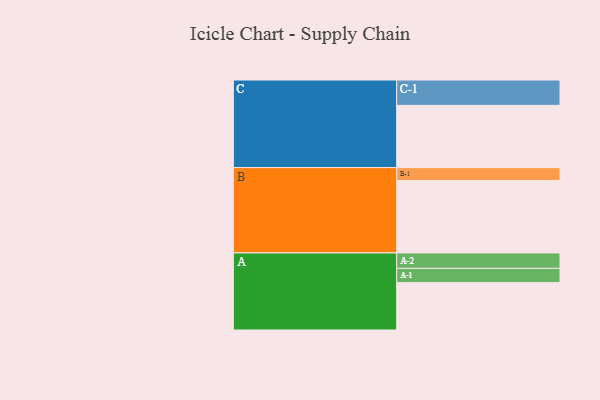
{"axis": {"x": "Segment", "y": "Value"}, "legend": ["", "A", "B", "C"], "data": [{"x": "A", "y": 372, "type": ""}, {"x": "B", "y": 568, "type": ""}, {"x": "C", "y": 489, "type": ""}, {"x": "A-1", "y": 112, "type": "A"}, {"x": "A-2", "y": 121, "type": "A"}, {"x": "B-1", "y": 102, "type": "B"}, {"x": "C-1", "y": 199, "type": "C"}]}